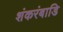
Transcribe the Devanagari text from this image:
शंकरंबाडि